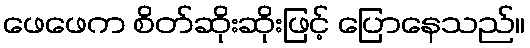
ဖေဖေက စိတ်ဆိုးဆိုးဖြင့် ပြောနေသည်။